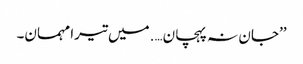
’’جان نہ پہچان….میں تیرا مہمان۔